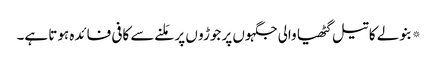
*بنولے کا تیل گٹھیا والی جگہوں پر جوڑو ں پر مَلنے سے کافی فائدہ ہوتا ہے۔